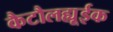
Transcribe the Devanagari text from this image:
कैटौलह्यूईक